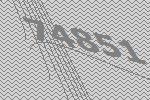
74851